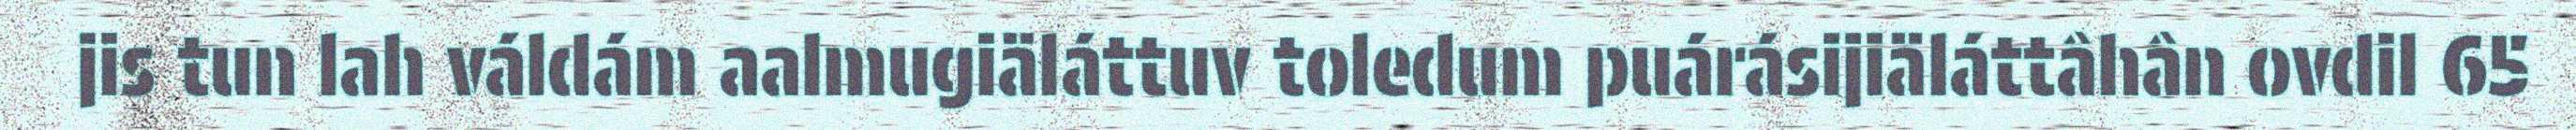
jis tun lah váldám aalmugiäláttuv toledum puárásijiäláttâhân ovdil 65